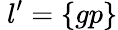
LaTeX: \ l{'}=\{ gp\}